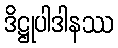
ဒိဋ္ဌုပါဒါနဿ